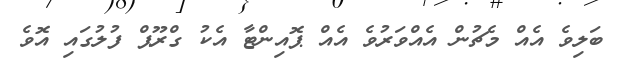
ބަލިވެ އެއް މެޗުން އެއްވަރުވެ އެއް ޕޮއިންޓާ އެކު ގްރޫޕް ފުލުގައި އޮވެ